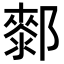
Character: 𨞢